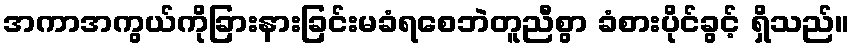
အကာအကွယ်ကိုခြားနားခြင်းမခံရစေဘဲတူညီစွာ ခံစားပိုင်ခွင့် ရှိသည်။